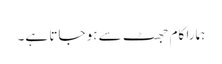
ہمارا کام جھٹ سے ہو جاتا ہے۔